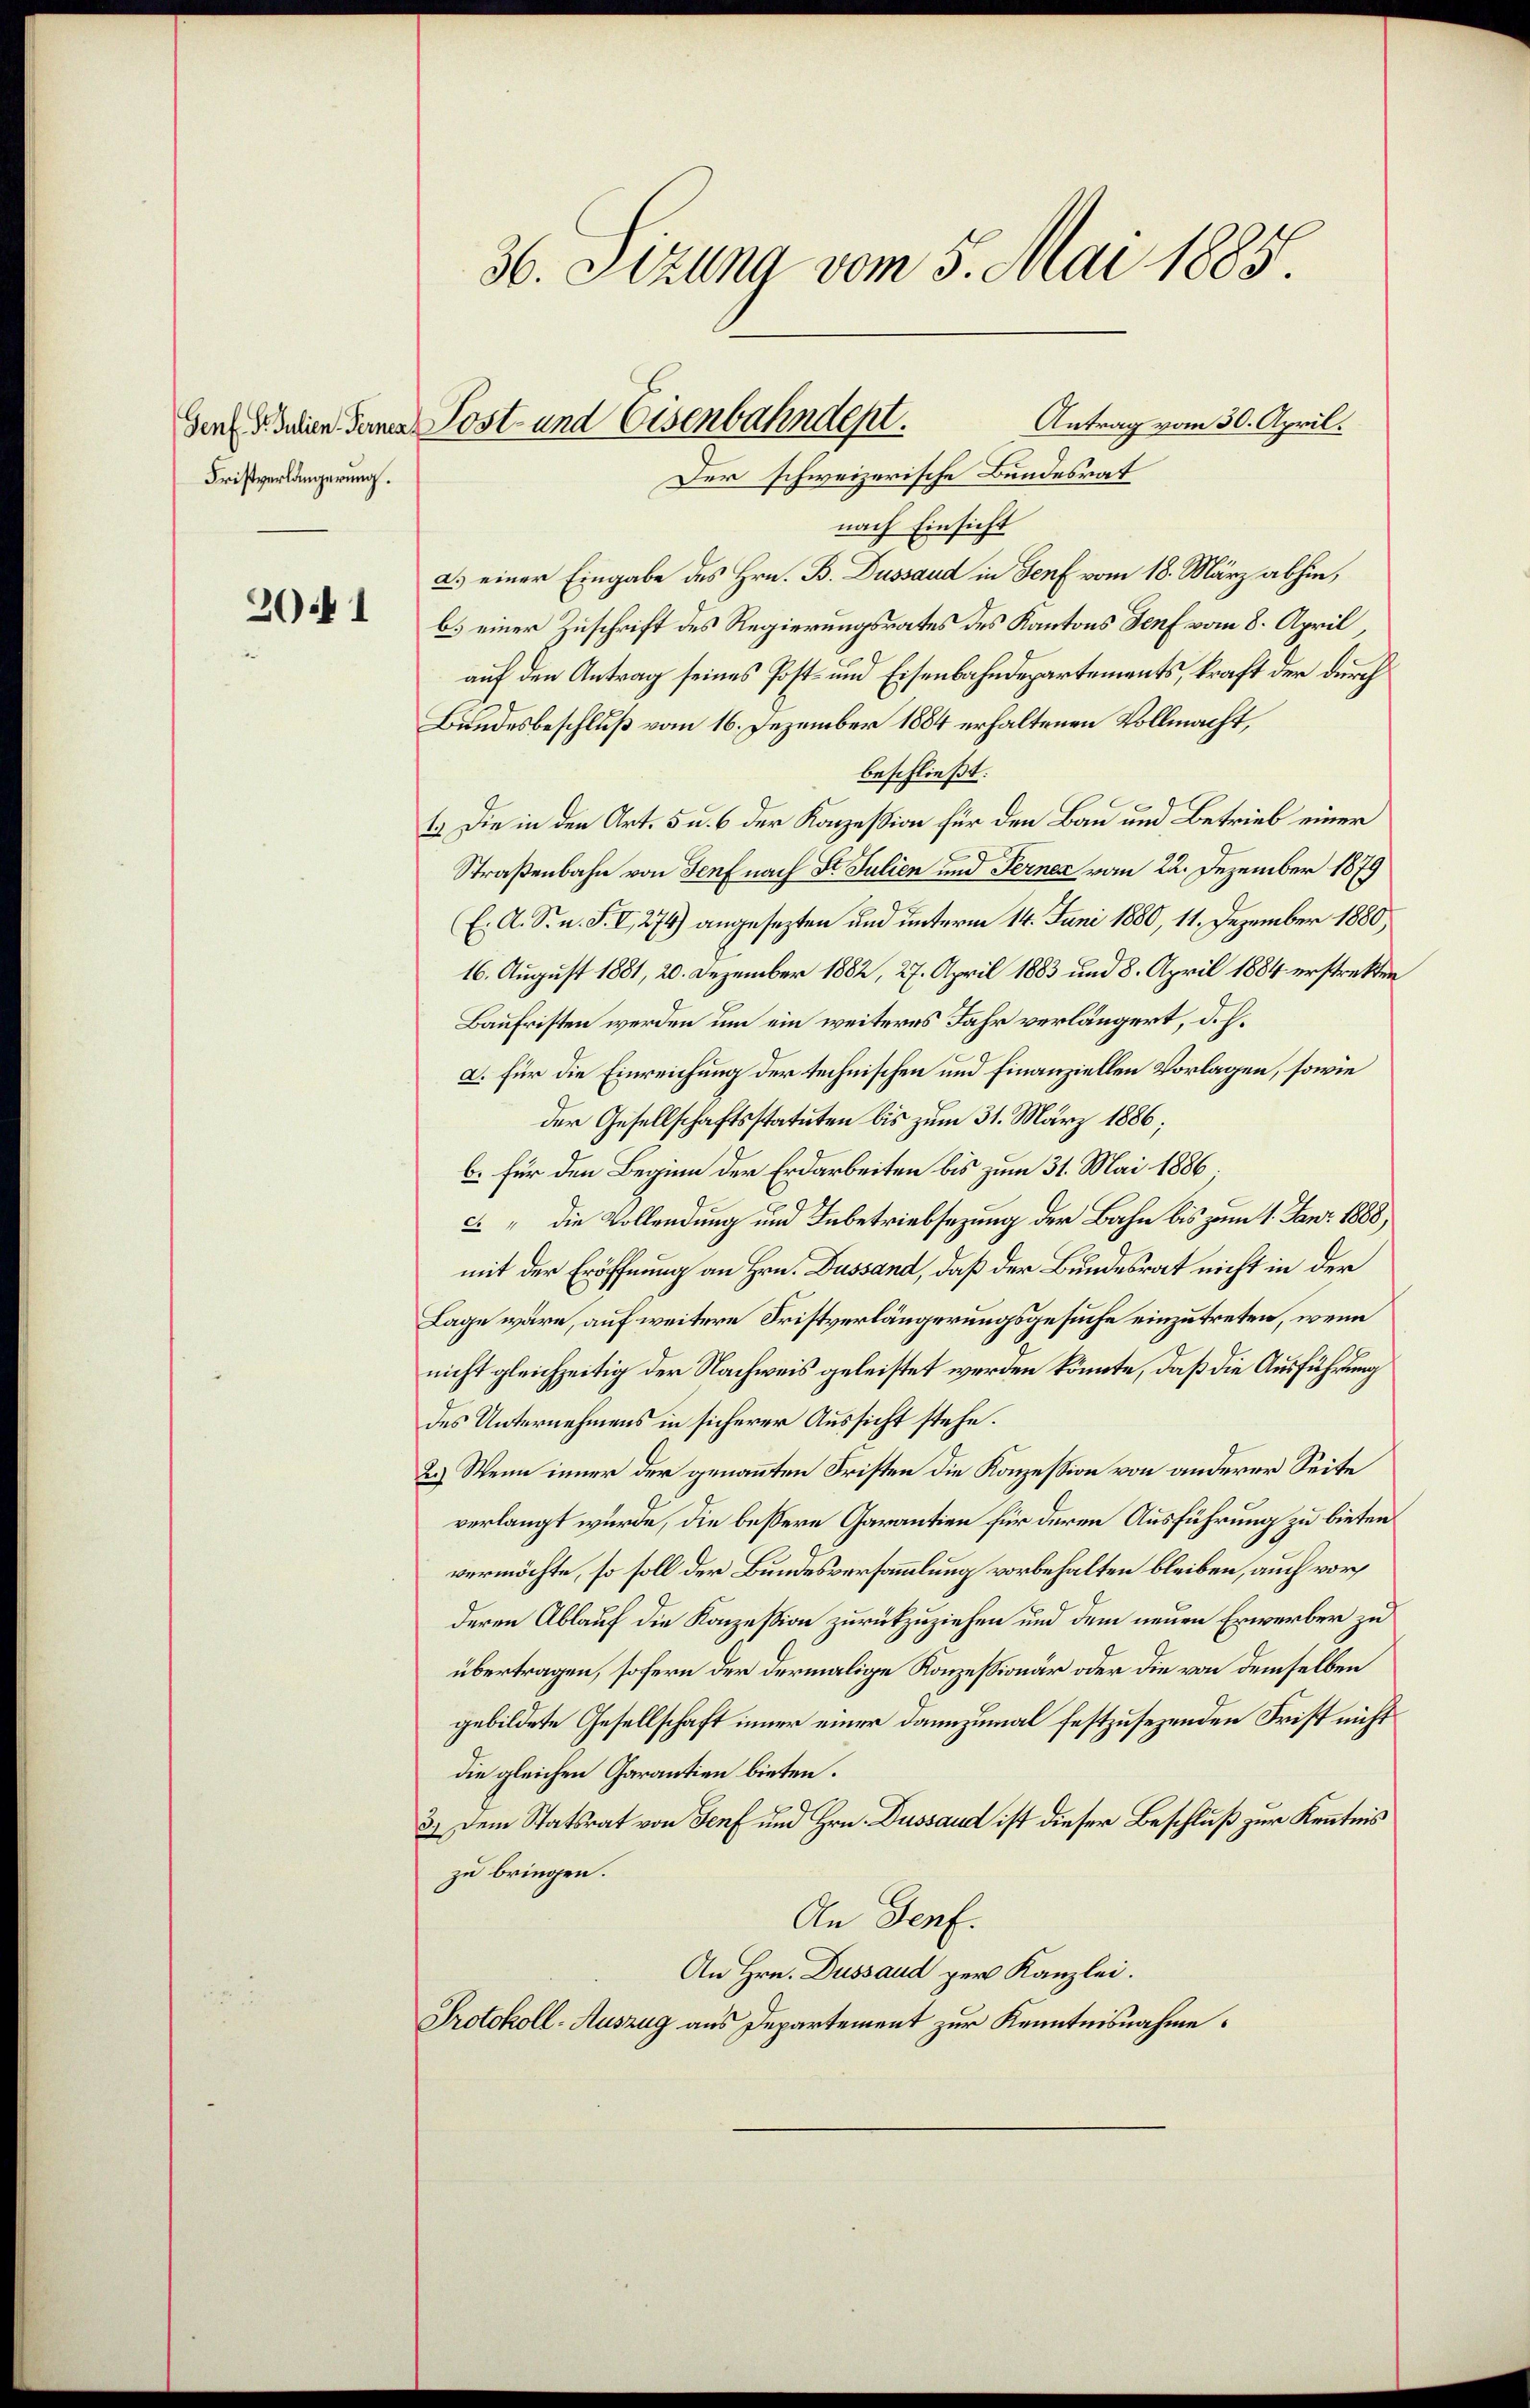
Fristverlängerung.

201

nach Einsicht
a.) einer Eingabe des Hrn. B. Dussaud in Genf vom 18. März abhin,
b. einer Zuschrift des Regierungsrates des Kantons Genf vom 8. April,
auf den Antrag seines Post- und Eisenbahndepartements, kraft der durch
Bundesbeschluß vom 16. Dezember 1884 erhaltenen Vollmacht,
beschließt:
1.) Die in den Art. 5 u. 6 der Konzession für den Bau und Betrieb einer
Straßenbahn von Genf nach Dr. Julien und Fernen vom 22. Dezember 1879
E. A. S. n. F. I 274) angesezten und unterm 14. Juni 1880, 11. Dezember 1880,
16. August 1881, 20. Dezember 1882, 27. April 1883 und 8. April 1884 erstrekten
Baufristen werden um ein weiteres Jahr verlängert, d. h.
a. Für die Einreichung der technischen und Finanziellen Vorlagen, sowie
der Gesellschaftsstatuten bis zum 31. März 1886;
b. für den Beginn der Erdarbeiten bis zum 31. Mai 1886.
" die Vollendung und Inbetriebsezung der Bahn bis zum 1. Jani 1888,
mit der Eröffnung an Hrn. Dussand, daß der Bundesrat nicht in der
Lage wäre, auf weitere Fristverlängerungsgesuche einzutreten, wenn
nicht gleichzeitig der Nachweis geleistet werden könnte, daß die Ausführung
des Unternehmens in sicherer Aussicht stehe.
2.) Wenn inner der genannten Fristen die Konzession von anderer Seite
verlangt würde, die bessere Garantien für deren Ausführung zu bieten
vermöchte, so soll der Bundesversammlung vorbehalten bleiben, auch vorderen Ablauf die Konzession zurückzuziehen und dem neuen Erwerber zu
übertragen, sofern der dermalige Konzessionär oder die von demselben
gebildete Gesellschaft immer einer dannzumal festzusezenden Frist nicht
die gleichen Carantien bieten.
3.) Dem Statsrat von Senf und Hrn. Dussaud ist dieser Beschluß zur Kenntnis
zu bringen.
An Genf.
An Hrn. Dussaud per Kanzlei.
Protokoll-Auszug aus Departement zur Kenntnisnahme.

36. Sizung vom 5. Mai 1885.
Antrag vom 30. April.
Genf d. Julien denen Post und Eisenbahndent.
Der schweizerische Bundesrat